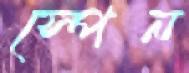
স্পেন